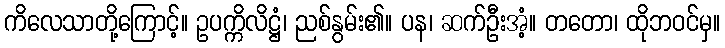
ကိလေသာတို့ကြောင့်။ ဥပက္ကိလိဋ္ဌံ၊ ညစ်နွမ်း၏။ ပန၊ ဆက်ဦးအံ့။ တတော၊ ထိုဘဝင်မှ။